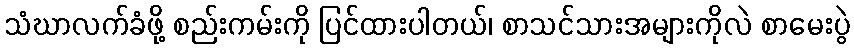
သံဃာလက်ခံဖို့ စည်းကမ်းကို ပြင်ထားပါတယ်၊ စာသင်သားအများကိုလဲ စာမေးပွဲ